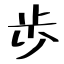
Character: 歩